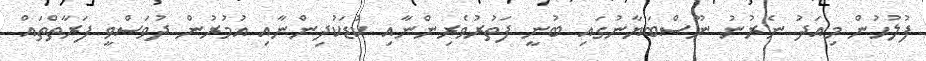
ފުލުހުން މިއަދު ނެރުނު ނޫސްބަޔާނުގައި ބުނީ ފަތުރުވެރިންނާއި ކުޑަކުދިންނާއި އުމުރުން ދުވަސްވީ ފަރާތްތައް